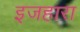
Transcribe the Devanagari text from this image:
इजहारा